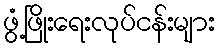
ဖွံ့ဖြိုးရေးလုပ်ငန်းများ